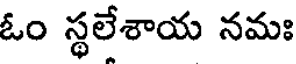
ఓం స్థలేశాయ నమః